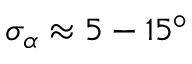
\sigma _ { \alpha } \approx 5 - 1 5 ^ { \circ }